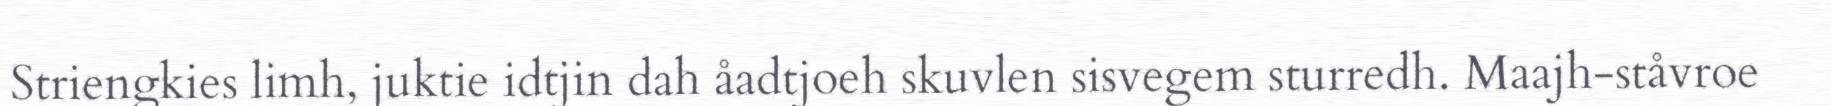
Striengkies limh, juktie idtjin dah åadtjoeh skuvlen sisvegem sturredh. Maajh-ståvroe